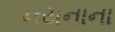
નયનાના